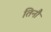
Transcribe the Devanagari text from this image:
तिनौ